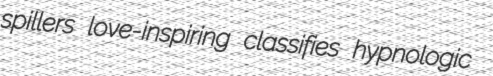
spillers love-inspiring classifies hypnologic